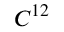
C ^ { 1 2 }